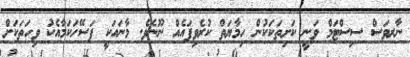
ނާރވަސް ސިސްޓަމް ވަނީ ކަށިތަކަކުން ހިމާޔަތް ކުރެވިފައެއް ނޫނެވެ. މާނައަކީ ފަސޭހަކަމާއެކު ވިހަތަކަށް